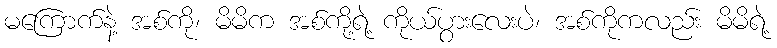
မကြောက်နဲ့ အစ်ကို၊ မိမိက အစ်ကို့ရဲ့ ကိုယ်ပွားလေးပဲ၊ အစ်ကိုကလည်း မိမိရဲ့